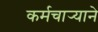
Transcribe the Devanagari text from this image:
कर्मचार्‍याने